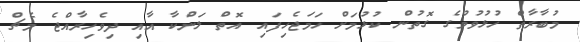
މުބާރާތް ހުޅުވުމުގެ ގޮތުން ކުޅުމަށް ހަމަޖެހިފައި އޮތް ލަންކާ އާއި ދިވެހިރާއްޖެ މެޗް